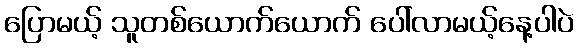
ပြောမယ့် သူတစ်ယောက်ယောက် ပေါ်လာမယ့်နေ့ပါပဲ